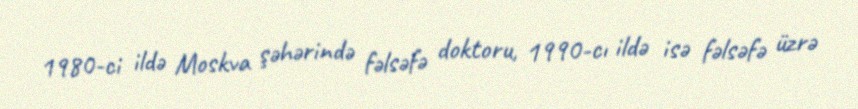
1980-ci ildə Moskva şəhərində fəlsəfə doktoru, 1990-cı ildə isə fəlsəfə üzrə